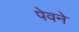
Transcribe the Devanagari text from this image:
पेवने